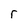
Character: r